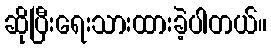
ဆိုပြီးရေးသားထားခဲ့ပါတယ်။